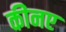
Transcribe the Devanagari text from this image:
कीनए